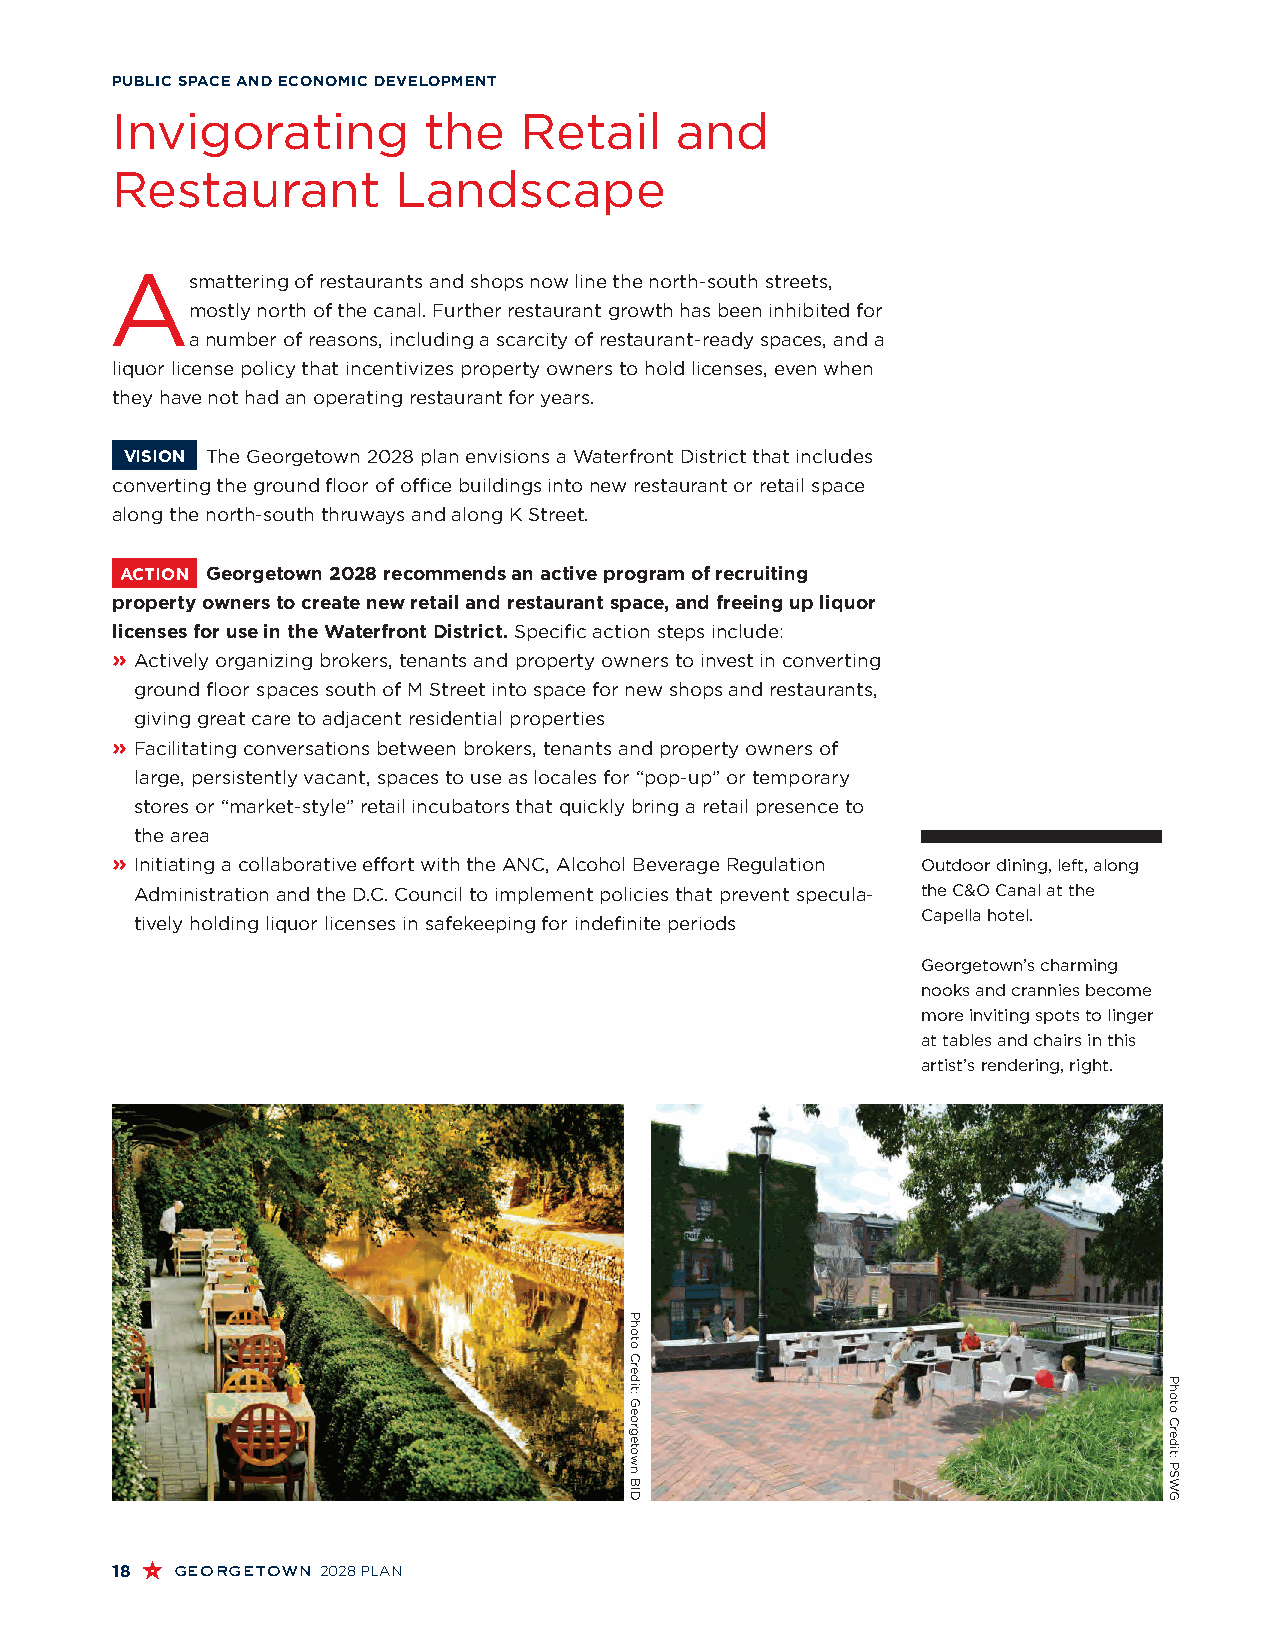
PUBLIC SPACE AND ECONOMIC DEVELOPMENT
 Invigorating         the   Retail     and
 Restaurant         Landscape
 A
 smattering of restaurants and shops now line the north-south streets,
 mostly north of the canal. Further restaurant growth has been inhibited for
 a number of reasons, including a scarcity of restaurant-ready spaces, and a
 liquor license policy that incentivizes property owners to hold licenses, even when
 they have not had an operating restaurant for years.
 VISION The Georgetown 2028 plan envisions a Waterfront District that includes
 converting the ground floor of office buildings into new restaurant or retail space
 along the north-south thruways and along K Street.
 ACTION Georgetown 2028 recommends an active program of recruiting
 property owners to create new retail and restaurant space, and freeing up liquor
 licenses for use in the Waterfront District. Specific action steps include:
 » A ctively organizing brokers, tenants and property owners to invest in converting
 ground floor spaces south of M Street into space for new shops and restaurants,
 giving great care to adjacent residential properties
 » F acilitating conversations between brokers, tenants and property owners of
 large, persistently vacant, spaces to use as locales for “pop-up” or temporary
 stores or “market-style” retail incubators that quickly bring a retail presence to
 the area
 » I nitiating a collaborative effort with the ANC, Alcohol Beverage Regulation Outdoor dining, left, along
 Administration and the D.C. Council to implement policies that prevent specula- the C&O Canal at the
 Capella hotel.
 tively holding liquor licenses in safekeeping for indefinite periods
 Georgetown’s charming
 nooks and crannies become
 more inviting spots to linger
 at tables and chairs in this
 artist’s rendering, right.
 18  georgetown 2028 PLAN
 Photo
 Credit:
 Georgetown
 BID
 Photo
 Credit:
 PSWG